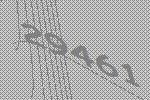
29461